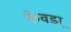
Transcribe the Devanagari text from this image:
केवडा़